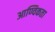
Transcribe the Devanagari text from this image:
आण्विकता